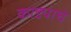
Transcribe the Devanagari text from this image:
काड्याचे